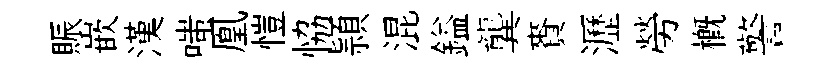
賑嵌漢嗤凰愷恊頴混鎰龔賚瀝勞槪警